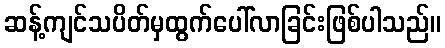
ဆန့်ကျင်သပိတ်မှထွက်ပေါ်လာခြင်းဖြစ်ပါသည်။